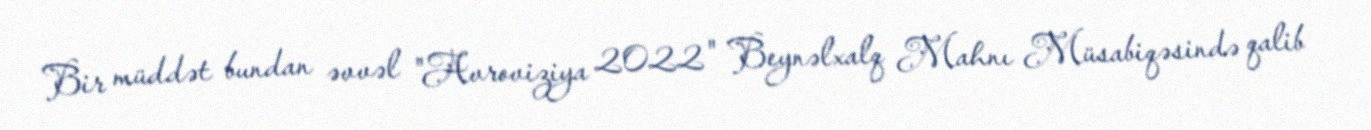
Bir müddət bundan əvvəl "Avroviziya 2022" Beynəlxalq Mahnı Müsabiqəsində qalib